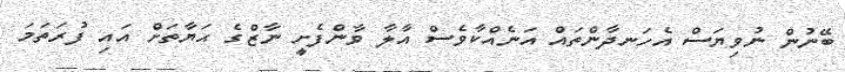
ބޭނުން ނުވިޔަސް އެހަނދާންތައް އަނެއްކާވެސް އާލާ ވާންފެށީ ނާޒްގެ ޙަޔާތަށް އައި ފުރަތަމަ